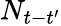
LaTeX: N_{t-t^{\prime}}